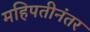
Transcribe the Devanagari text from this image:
महिपतीनंतर